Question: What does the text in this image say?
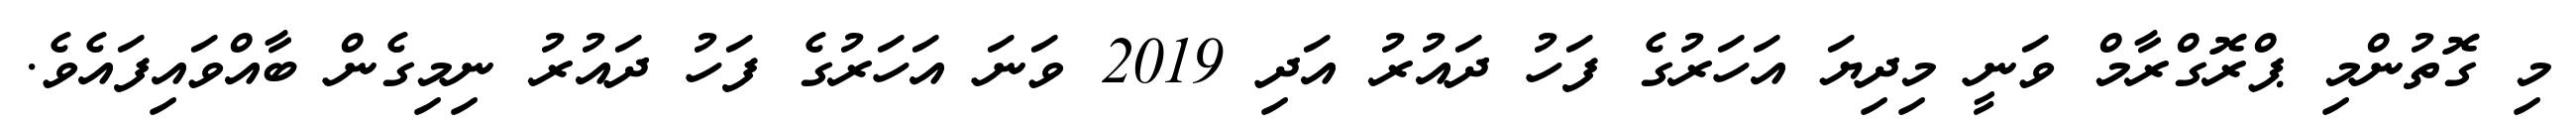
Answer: މި ގޮތުންމި ޕްރޮގްރާމް ވަނީ މިދިޔަ އަހަރުގެ ފަހު ދައުރު އަދި 2019 ވަނަ އަހަރުގެ ފަހު ދައުރު ނިމިގެން ބާއްވައިފައެވެ.